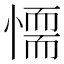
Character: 𢡼